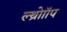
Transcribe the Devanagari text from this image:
ल्थ्रोाॉप